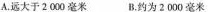
A.远大于2000毫米 B.约为2000毫米